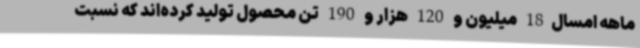
ماهه امسال18 میلیون و 120 هزار و 190 تن محصول تولید کرده‌اند که نسبت